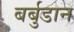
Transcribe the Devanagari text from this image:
बर्बुडान